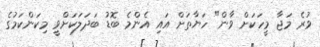
ވުރެ މަޖާ މީހަކަށް ވާން" ހަޔާތަށް އައި އެންމެ ބޮޑު ބަދަލަކަށްވީ މިކަންކަމުގެ